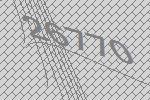
26770